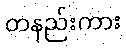
တနည်းကား